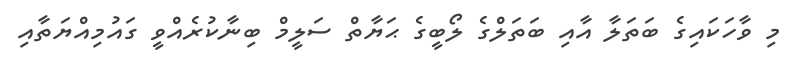
މި ވާހަކައިގެ ބަތަލާ އާއި ބަތަލްގެ ލޯބީގެ ޙަޔާތް ސަލީމް ބިނާކުރެއްވީ ގައުމިއްޔަތާއި